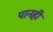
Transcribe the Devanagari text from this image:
पानही